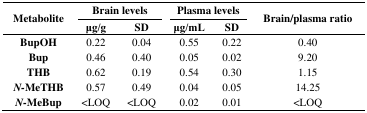
<table><thead><tr><td rowspan="2"><b>Metabolite</b></td><td colspan="2"><b>Brain levels</b></td><td colspan="2"><b>Plasma levels</b></td><td rowspan="2"><b>Brain/plasma ratio</b></td></tr><tr><td><b>μg/g</b></td><td><b>SD</b></td><td><b>μg/mL</b></td><td><b>SD</b></td></tr></thead><tbody><tr><td><b>BupOH</b></td><td>0.22</td><td>0.04</td><td>0.55</td><td>0.22</td><td>0.40</td></tr><tr><td><b>Bup</b></td><td>0.46</td><td>0.40</td><td>0.05</td><td>0.02</td><td>9.20</td></tr><tr><td><b>THB</b></td><td>0.62</td><td>0.19</td><td>0.54</td><td>0.30</td><td>1.15</td></tr><tr><td><b><i>N-</i>MeTHB</b></td><td>0.57</td><td>0.49</td><td>0.04</td><td>0.05</td><td>14.25</td></tr><tr><td><b><i>N-</i>MeBup</b></td><td>&lt;LOQ</td><td>&lt;LOQ</td><td>0.02</td><td>0.01</td><td>&lt;LOQ</td></tr></tbody></table>